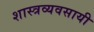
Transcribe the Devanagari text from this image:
शास्त्रव्यवसायी